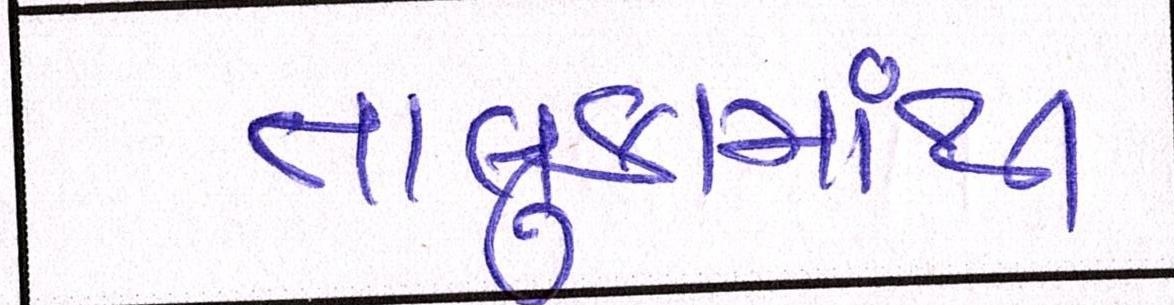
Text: તાલુકામાંથી